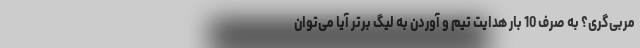
مربی‌گری؟ به صرف 10 بار هدایت تیم و آوردن به لیگ برتر آیا می‌توان